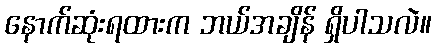
နောက်ဆုံးရထားက ဘယ်အချိန် ရှိပါသလဲ။